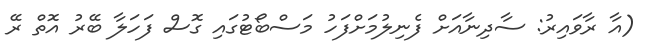
(އާ ރާވައިރު: ސާދިނާއަށް ފެނިލުމަށްފަހު މަސްބޯޓުގައި ގޮސް ފަހަލާ ބޭރު އޮތް ރޭ